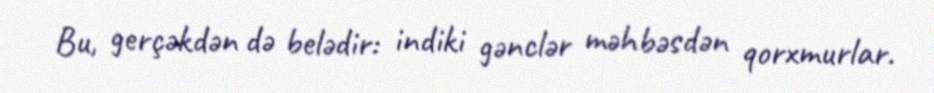
Bu, gerçəkdən də belədir: indiki gənclər məhbəsdən qorxmurlar.